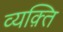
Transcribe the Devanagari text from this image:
व्यक़्ति